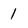
Character: 1